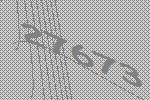
27673